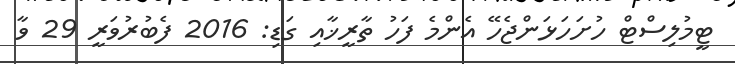
ޓީމުލިސްޓް ހުށަހަޅަންޖެހޭ އެންމެ ފަހު ތާރީޚާއި ގަޑި: 2016 ފެބުރުވަރީ 29 ވާ